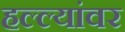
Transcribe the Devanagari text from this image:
हल्ल्यांवर